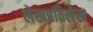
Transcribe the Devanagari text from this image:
लेखप्रतिलेख